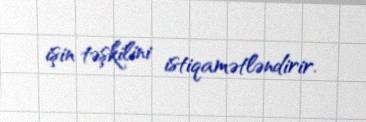
işin təşkilini istiqamətləndirir.